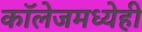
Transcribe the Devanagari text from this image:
कॉलेजमध्येही